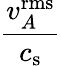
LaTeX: \frac{v_{A}^{\mathrm{rms}}}{c_{\mathrm{s}}}